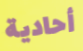
أحادية